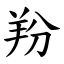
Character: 羒